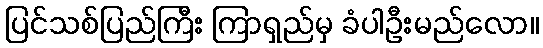
ပြင်သစ်ပြည်ကြီး ကြာရှည်မှ ခံပါဦးမည်လော။